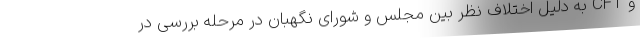
و CFT به دلیل اختلاف نظر بین مجلس و شورای نگهبان در مرحله بررسی در